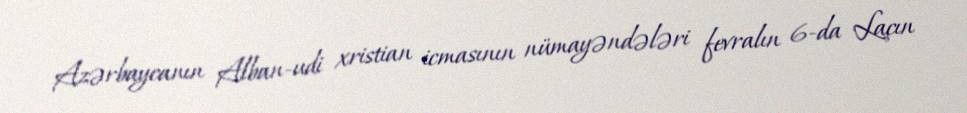
Azərbaycanın Alban-udi xristian icmasının nümayəndələri fevralın 6-da Laçın